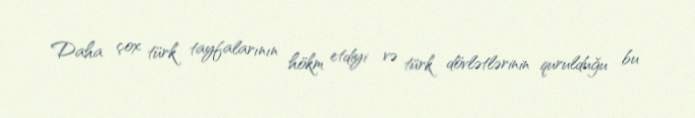
Daha çox türk tayfalarının hökm etdiyi və türk dövlətlərinin qurulduğu bu